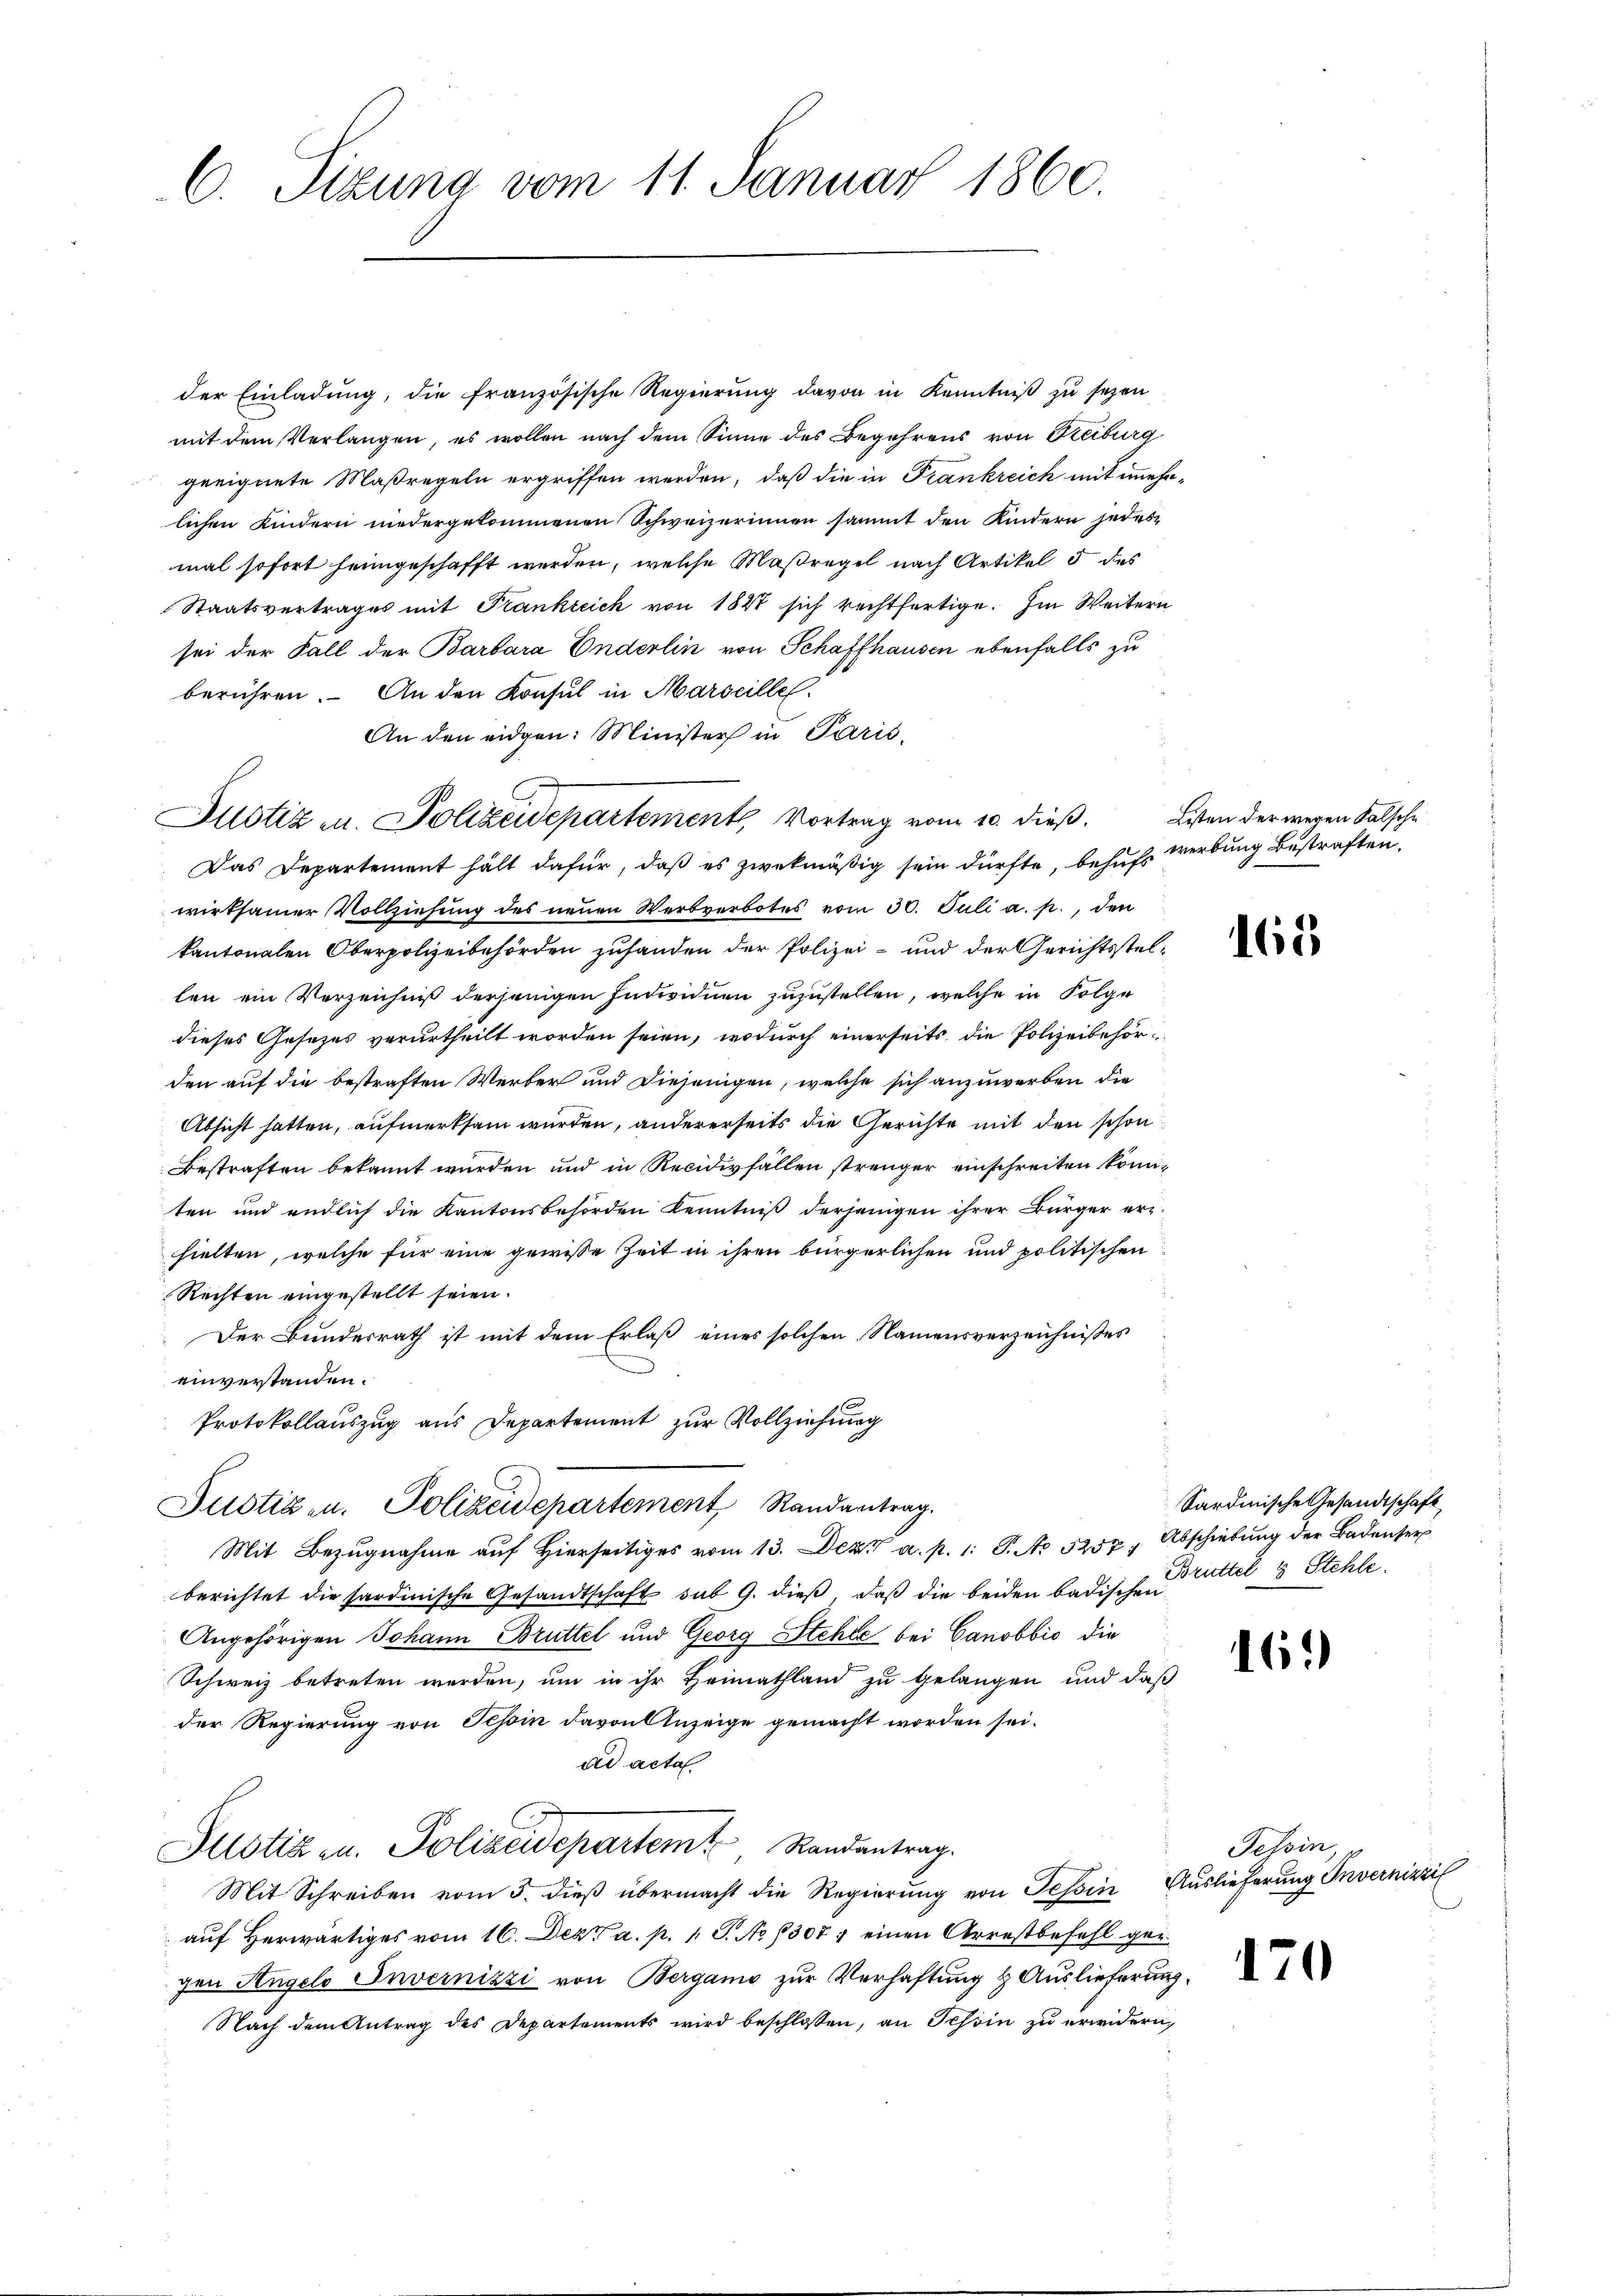
C. Sitzung vom 11. Januar 1860.

der Einladung, die französische Regierung davon in Kenntniß zu sezen
mit dem Verlangen, es wollen nach dem Sinne des Begehrens von Reiburg
geeignete Maßregeln ergriffen werden, daß die in Frankreich mit mehrlichen Kindern niedergekommenen Schweizerinnen sammt den Kindern jedes
mal sofort heimgeschafft werden, welche Maßregel nach Artikel 5 des
Staatsvertrages mit Frankreich von 1847 sich rechtfertige. Im Weitern
sei der Fall der Barbara Enderlin von Schaffhausen ebenfalls zu
berühren. An den Konsul in Marseille
An den eidgen: Minister in Paris,
Justiz u. Polizeidepartement, Vortrag vom 10. dieß. Lesen der wegen Falsche
Das Departement hält dafür, daß es zwekmäßig sein dürfte, behufs werbung bestraften,
wirksamer Vollziehung des neuen Werbverbotes vom 30. Juli a. p., den
kantonalen Oberpolizeibehörden zufanden der Polizei- und der Gerichtsstellen ein Verzeichniß derjenigen Individuen zuzustellen, welche in Folge
dieses Gesezes verurtheilt worden seien, wodurch einerseits die Polizeibehörden auf die bestraften Werber und diejenigen, welche sich anzuwerben die
Absicht hatten, aufmerksam wurden, andererseits die Gerichte mit den schon
Bestraften bekannt wurden und in Recidivfällen strenger einschreiten könnten und endlich die Kantonsbehörden Kenntniß derjenigen ihrer Bürger erhielten, welche für eine gewisse Zeit in ihren bürgerlichen und politischen
Rechten eingestellt seien.
Der Bundesrath ist mit dem Erlaß eines solchen Namensverzeichnisses
einverstanden.
Protokollauszug aus Departement zur Vollziehung
Justiz u. Polizeidepartement Randantrag.
Mit Bezugnahme auf hierseitiges vom 13. Dez. a. p. 1. P. No 5257, Abschiebung der Badenser
berichtet die sardinische Gesandtschaft sub 9. dieβ, daβ die beiden badischen
Angehörigen Johann Brüttel und Georg Stehle bei Canobbić die
Schweiz betreten werden, um in ihr Heimathland zu gelangen und daß
der Regierung von Schin davon Anzeige gemacht worden sei.
ad acta
Potizen. Polizeidepartem Randantrag.
Mit Schreiben vom 3. dieß übermacht die Regierung von Tessin Auslieferung Invernikzil
auf herwärtiges vom 16. Dez a. p. 1 S. No 8307; einen Arrestbefehl ger
gen Angels Invernizzi von Bergamo zur Verhaftung & Auslieferung
Nach dem Antrag des Departements wird beschlossen, an Schön zu erwidern,

165

Sardinische Gesandtschaft
Brüttel & Stehle.

161)

Tessin,